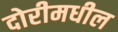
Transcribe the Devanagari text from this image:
दोरीमधील